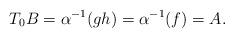
LaTeX: \begin{align*}T_0B = \alpha^{-1}(gh) = \alpha^{-1}(f) = A.\end{align*}